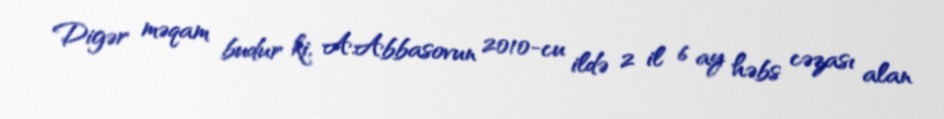
Digər məqam budur ki, A.Abbasovun 2010-cu ildə 2 il 6 ay həbs cəzası alan